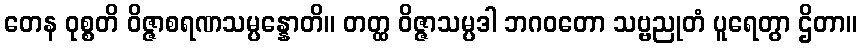
တေန ဝုစ္စတိ ဝိဇ္ဇာစရဏသမ္ပန္နောတိ။ တတ္ထ ဝိဇ္ဇာသမ္ပဒါ ဘဂဝတော သဗ္ဗညုတံ ပူရေတွာ ဌိတာ။